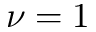
\nu = 1